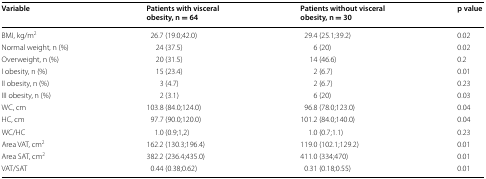
<table><thead><tr><td><b>Variable</b></td><td><b>Patients with visceral obesity, n = 64</b></td><td><b>Patients without visceral obesity, n = 30</b></td><td><b>p value</b></td></tr></thead><tbody><tr><td>BMI, kg/m<sup>2</sup></td><td>26.7 (19.0;42.0)</td><td>29.4 (25.1;39.2)</td><td>0.02</td></tr><tr><td>Normal weight, n (%)</td><td>24 (37.5)</td><td>6 (20)</td><td>0.02</td></tr><tr><td>Overweight, n (%)</td><td>20 (31.5)</td><td>14 (46.6)</td><td>0.2</td></tr><tr><td>I obesity, n (%)</td><td>15 (23.4)</td><td>2 (6.7)</td><td>0.01</td></tr><tr><td>II obesity, n (%)</td><td>3 (4.7)</td><td>2 (6.7)</td><td>0.23</td></tr><tr><td>III obesity, n (%)</td><td>2 (3.1)</td><td>6 (20)</td><td>0.03</td></tr><tr><td>WC, cm</td><td>103.8 (84.0;124.0)</td><td>96.8 (78.0;123.0)</td><td>0.04</td></tr><tr><td>HC, cm</td><td>97.7 (90.0;120.0)</td><td>101.2 (84.0;140.0)</td><td>0.04</td></tr><tr><td>WC/HC</td><td>1.0 (0.9;1,2)</td><td>1.0 (0.7;1.1)</td><td>0.23</td></tr><tr><td>Area VAT, cm<sup>2</sup></td><td>162.2 (130.3;196.4)</td><td>119.0 (102.1;129.2)</td><td>0.01</td></tr><tr><td>Area SAT, cm<sup>2</sup></td><td>382.2 (236.4;435.0)</td><td>411.0 (334;470)</td><td>0.01</td></tr><tr><td>VAT/SAT</td><td>0.44 (0.38;0.62)</td><td>0.31 (0.18;0.55)</td><td>0.01</td></tr></tbody></table>